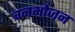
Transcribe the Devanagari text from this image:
वनभोजन